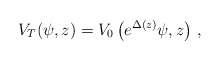
\begin{align*}V_T(\psi,z)=V_0\left(e^{\Delta(z)}\psi,z\right)\,,\end{align*}